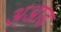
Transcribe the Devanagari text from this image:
अआड